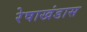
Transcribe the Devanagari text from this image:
रेषाखंडास